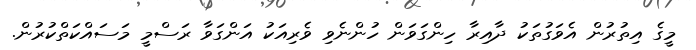
މީގެ އިތުރުން އެވަގުތަކު ދާއިރާ ހިންގަވަން ހުންނެވި ވެރިއަކު އަންގަވާ ރަސްމީ މަސައްކަތްކުރުން.